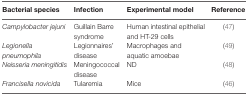
<table><thead><tr><td><b>Bacterial species</b></td><td><b>Infection</b></td><td><b>Experimental model</b></td><td><b>Reference</b></td></tr></thead><tbody><tr><td><i>Campylobacter jejuni</i></td><td>Guillain Barre syndrome</td><td>Human intestinal epithelial and HT-29 cells</td><td>(47)</td></tr><tr><td><i>Legionella pneumophila</i></td><td>Legionnaires’ disease</td><td>Macrophages and aquatic amoebae</td><td>(49)</td></tr><tr><td><i>Neisseria meningitidis</i></td><td>Meningococcal disease</td><td>ND</td><td>(48)</td></tr><tr><td><i>Francisella novicida</i></td><td>Tularemia</td><td>Mice</td><td>(46)</td></tr></tbody></table>